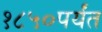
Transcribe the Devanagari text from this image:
१८५०पर्यंत